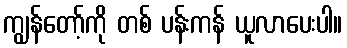
ကျွန်တော့်ကို တစ် ပန်းကန် ယူလာပေးပါ။